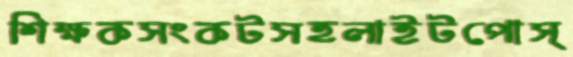
শিক্ষকসংকটসহলাইটপোস্